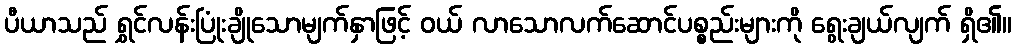
ပီယာသည် ရွှင်လန်းပြုံးချိုသောမျက်နှာဖြင့် ဝယ် လာသောလက်ဆောင်ပစ္စည်းများကို ရွေးချယ်လျက် ရှိ၏။